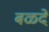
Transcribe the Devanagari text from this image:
बळदे